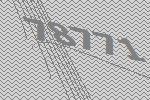
78771